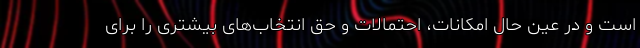
است و در عین حال امکانات، احتمالات و حق انتخاب‌های بیشتری را برای